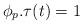
LaTeX: \begin{align*} \phi_p.\tau(t)=1\end{align*}